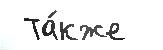
 Та́кже